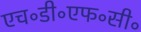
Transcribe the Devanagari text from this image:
एच॰डी॰एफ॰सी॰